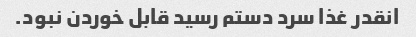
انقدر غذا سرد دستم رسید قابل خوردن نبود.